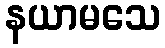
နယာမသေ